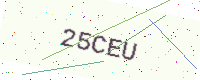
Text: 25CEU